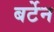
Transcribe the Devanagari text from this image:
बर्टेन